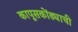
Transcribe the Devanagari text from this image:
कापूसकोंड्याची